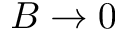
B \rightarrow 0